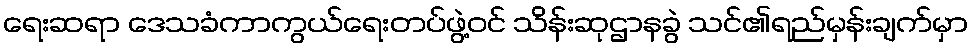
ရေးဆရာ ဒေသခံကာကွယ်ရေးတပ်ဖွဲ့ဝင် သိန်းဆုဌာနခွဲ သင်၏ရည်မှန်းချက်မှာ